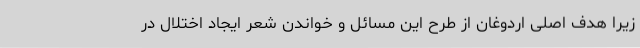
زیرا هدف اصلی اردوغان از طرح این مسائل و خواندن شعر ایجاد اختلال در